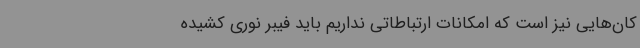
کان‌هایی نیز است که امکانات ارتباطاتی نداریم باید فیبر نوری کشیده